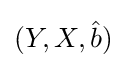
(Y,X,{\hat {b}})